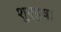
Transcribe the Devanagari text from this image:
शुएइषा